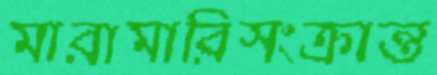
মারামারিসংক্রান্ত